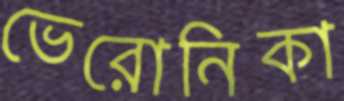
ভেরোনিকা